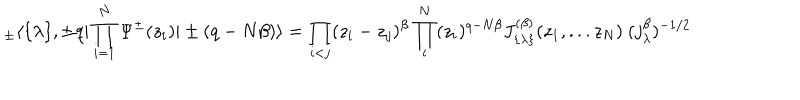
_ \pm \langle \{ \lambda \} , \pm q | \prod _ { i = 1 } ^ { N } \Psi ^ { \pm } ( z _ { i } ) | \pm ( q - N \beta ) \rangle = \prod _ { i < j } ( z _ { i } - z _ { j } ) ^ { \beta } \prod _ { i } ^ { N } ( z _ { i } ) ^ { q - N \beta } J _ { \{ \lambda \} } ^ { ( \beta ) } ( z _ { 1 } , . . . z _ { N } ) \ ( j _ { \lambda } ^ { \beta } ) ^ { - 1 / 2 }